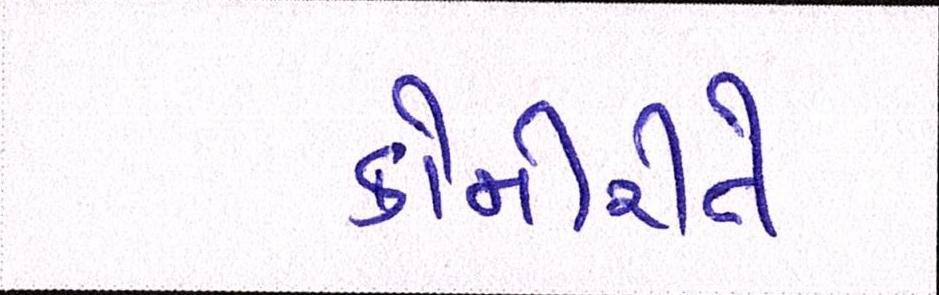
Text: કોમીરીતે